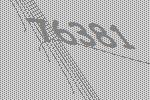
76381